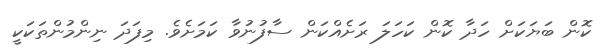
ކޮން ބަޔަކަށް ހަދާ ކޮން ކަހަލަ ރަށެއްކަން ސާފުނުވާ ކަަމަށެވެ. މިފަދަ ނިންމުންތަކަކީ